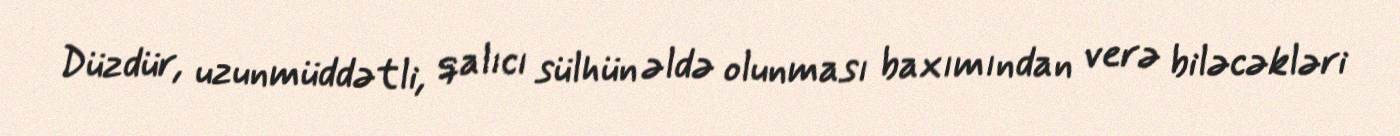
Düzdür, uzunmüddətli, qalıcı sülhün əldə olunması baxımından verə biləcəkləri